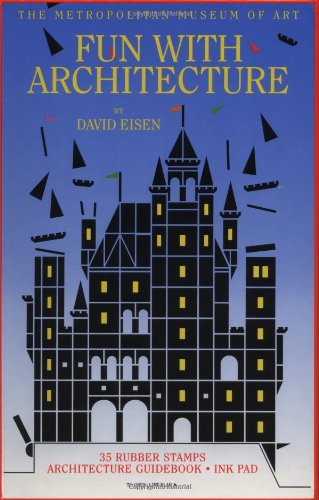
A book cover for Fun with Architecture; David Eisen; Teen & Young Adult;